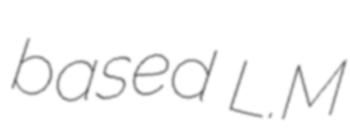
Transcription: based L.M